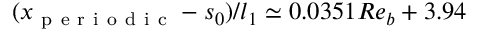
( x _ { \mathrm { ~ p ~ e ~ r ~ i ~ o ~ d ~ i ~ c ~ } } - s _ { 0 } ) / l _ { 1 } \simeq 0 . 0 3 5 1 R e _ { b } + 3 . 9 4